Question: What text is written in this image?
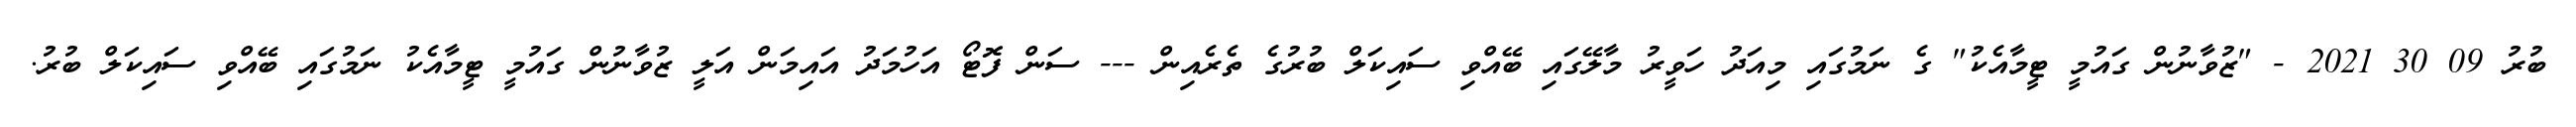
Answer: ބުރު 09 30 2021 - "ޒުވާނުން ގައުމީ ޓީމާއެކު" ގެ ނަމުގައި މިއަދު ހަވީރު މާލޭގައި ބޭއްވި ސައިކަލް ބުރުގެ ތެރެއިން --- ސަން ފޮޓޯ އަހުމަދު އައިމަން އަލީ ޒުވާނުން ގައުމީ ޓީމާއެކު ނަމުގައި ބޭއްވި ސައިކަލް ބުރު.